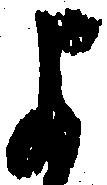
よ